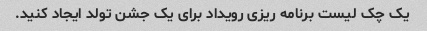
یک چک لیست برنامه ریزی رویداد برای یک جشن تولد ایجاد کنید.